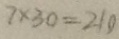
7 \times 3 0 = 2 1 0